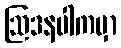
ဩဒနပါကမှာ